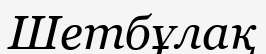
Шетбұлақ